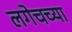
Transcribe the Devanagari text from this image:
लगेचच्या